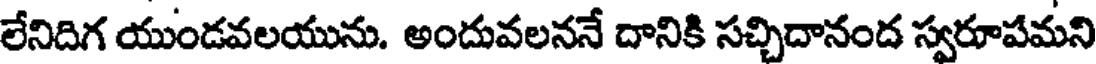
లేనిదిగ యుండవలయును. అందువలననే దానికి సచ్చిదానంద స్వరూపమని